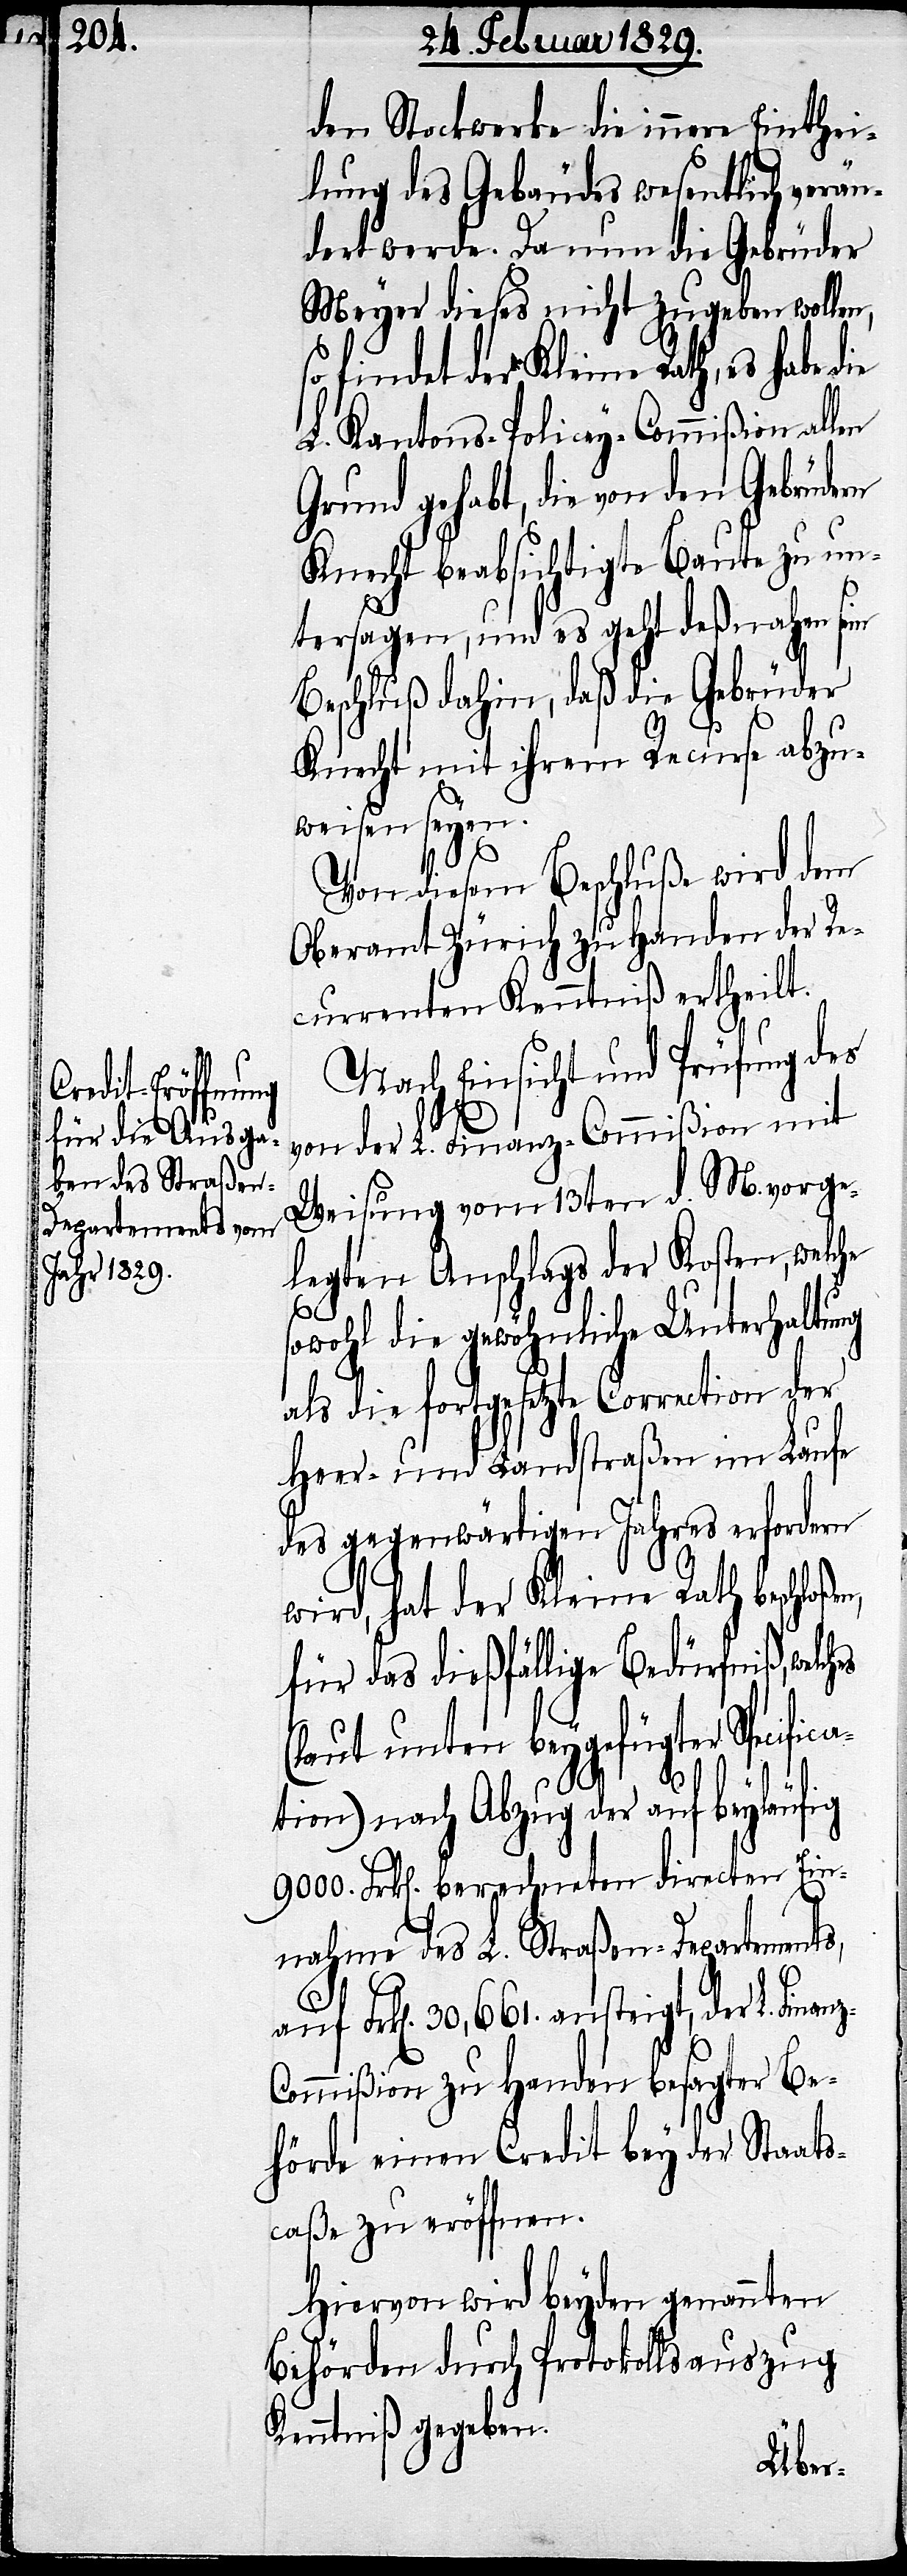
hes

den Stockwerke die innere Einthei¬
lung des Gebäudes wesentlich verän¬
dert werde. Da nun die Gebrüder
Meyer dieses nicht zugeben wollen,
so findet der Kleine Rath, es habe die
L. Kantons-Policey-Commißion al¬
Grund gehabt, die von den Gebrüdern
Knecht beabsichtigte Baute zu un¬
tersagen, und es geht deßnahen sein
Beschluß dahin, daß die Gebrüder
Knecht mit ihrem Recurse abzu¬
weisen seyen.
Von diesem Beschluße wird dem
Oberamt Zürich zu Handen der Re¬
Nach Einsicht und Prüfung des
von der L. Finanz-Commißion mit
Weisung vom 13ten d. M. vorge¬
legten Anschlags der Kosten, welche
z-C¬
sowohl die gewöhnliche Unterhaltung
als die fortgesetzte Correction
Heer- und Landstraßen im Laufe
des gegenwärtigen Jahre erfordern
wird, hat der Kleine Rath beschloße¬
für das dießfällige Bedürfniß, welc¬
(laut unten beygefügter Specific¬
ation) nach Abzug der auf beyläufig
9000. Frk[en]. berechneten directen Ein¬
nahme des L. Straßen-Departements,
auf Frk[en]. 30,661. ansteigt, der L. Finan¬
ommißion zu Handen besagter Be¬
hörde einen Credit bey der Staats¬
caße zu eröffnen.
Hiervon wird beyden genannten
Behörden durch Protokollsauszug
Kenntniß gegeben.